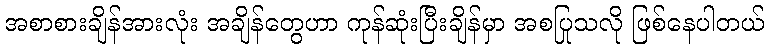
အစာစားချိန်အားလုံး အချိန်တွေဟာ ကုန်ဆုံးပြီးချိန်မှာ အစပြုသလို ဖြစ်နေပါတယ်